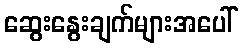
ဆွေးနွေးချက်များအပေါ်